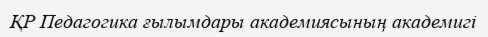
ҚР Педагогика ғылымдары академиясының академигі